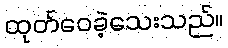
ထုတ်ဝေခဲ့သေးသည်။